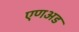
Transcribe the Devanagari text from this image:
एणअड